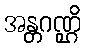
အန္တဂဏ္ဌိ